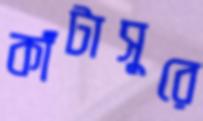
কাঁটাসুরে